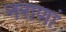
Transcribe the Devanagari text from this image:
नराणां